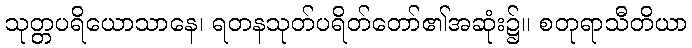
သုတ္တပရိယောသာနေ၊ ရတနသုတ်ပရိတ်တော်၏အဆုံး၌။ စတုရာသီတိယာ